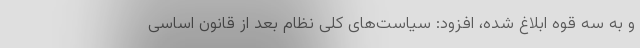
و به سه قوه ابلاغ شده، افزود: سیاست‌های کلی نظام بعد از قانون اساسی